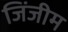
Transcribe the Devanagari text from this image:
जिंजीम